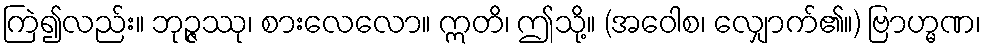
ကြဲ၍လည်း။ ဘုဉ္ဇဿု၊ စားလေလော။ ဣတိ၊ ဤသို့။ (အဝေါစ၊ လျှောက်၏။) ဗြာဟ္မဏ၊